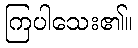
ကြပါသေး၏။